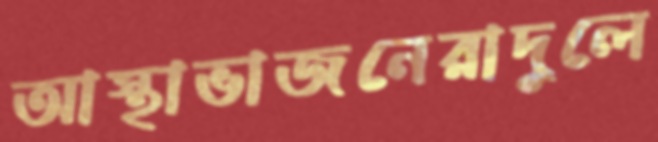
আস্থাভাজনেরাদুলে